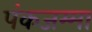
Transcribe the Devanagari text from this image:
पंकजम्मा